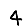
Digit: 4